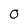
Character: 0